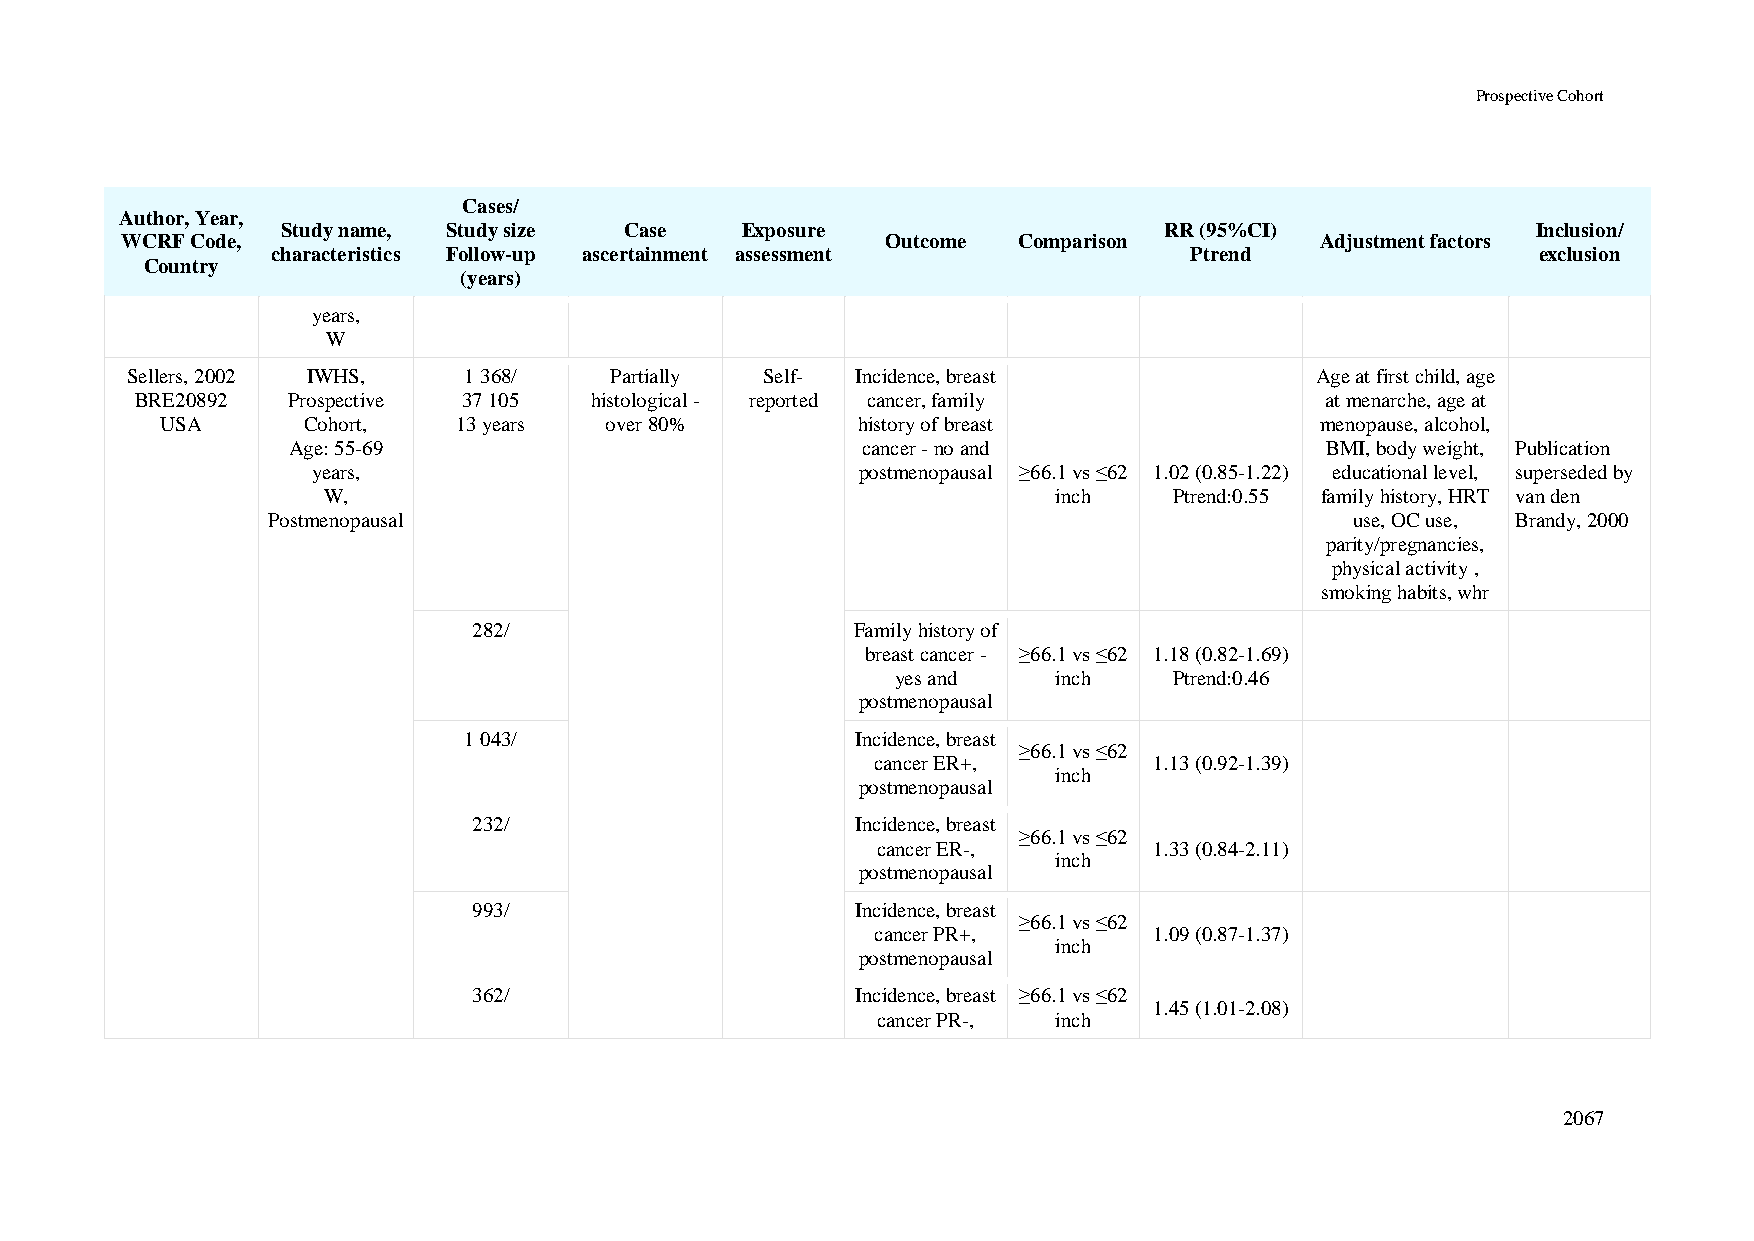
Prospective Cohort
 Cases/
 Author, Year,
 Study name, Study size Case   Exposure                    RR (95%CI)               Inclusion/
 WCRF Code,                                         Outcome Comparison          Adjustment factors
 characteristics Follow-up ascertainment assessment           Ptrend                 exclusion
 Country
 (years)
 years,
 W
 Sellers, 2002 IWHS,    1 368/   Partially  Self- Incidence, breast             Age at first child, age
 BRE20892  Prospective 37 105  histological - reported cancer, family           at menarche, age at
 USA      Cohort,   13 years  over 80%         history of breast             menopause, alcohol,
 Age: 55-69                            cancer - no and                BMI, body weight, Publication
 years,                              postmenopausal ≥66.1 vs ≤62 1.02 (0.85-1.22) educational level, superseded by
 W,                                               inch    Ptrend:0.55 family history, HRT van den
 Postmenopausal                                                          use, OC use, Brandy, 2000
 parity/pregnancies,
 physical activity ,
 smoking habits, whr
 282/                      Family history of
 breast cancer - ≥66.1 vs ≤62 1.18 (0.82-1.69)
 yes and    inch    Ptrend:0.46
 postmenopausal
 1 043/                    Incidence, breast
 ≥66.1 vs ≤62
 cancer ER+,       1.13 (0.92-1.39)
 inch
 postmenopausal
 232/                      Incidence, breast
 ≥66.1 vs ≤62
 cancer ER-,       1.33 (0.84-2.11)
 inch
 postmenopausal
 993/                      Incidence, breast
 ≥66.1 vs ≤62
 cancer PR+,       1.09 (0.87-1.37)
 inch
 postmenopausal
 362/                      Incidence, breast ≥66.1 vs ≤62
 1.45 (1.01-2.08)
 cancer PR-, inch
 2067